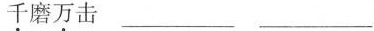
千磨万击_______ _______